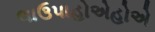
લાઉપાહોએહોએ